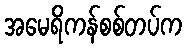
အမေရိကန်စစ်တပ်က